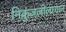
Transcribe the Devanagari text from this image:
निकुंजलीलागान